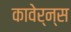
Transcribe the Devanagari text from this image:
कावेर्न्स